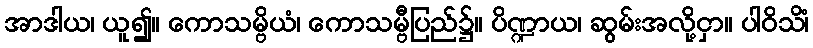
အာဒါယ၊ ယူ၍။ ကောသမ္ဗိယံ၊ ကောသမ္ဗီပြည်၌။ ပိဏ္ဍာယ၊ ဆွမ်းအလို့ငှာ။ ပါဝိသိံ၊